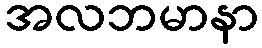
အလဘမာနာ